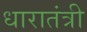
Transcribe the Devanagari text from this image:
धारातंत्री